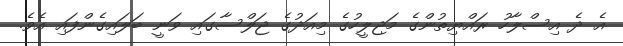
އެ ދެ އިސްލާހު ރައްޔިތުންގެ މަޖިލީހުގެ މިއަދުގެ ޖަލްސާގައި ވަނީ ބަލައިގެންފައި އެވެ.